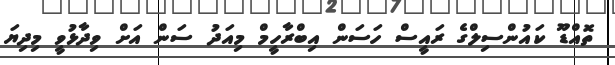
ތޮއްޑޫ ކައުންސިލްގެ ރައީސް ހަސަން އިބްރާހީމް މިއަދު ސަން އަށް ވިދާޅުވީ މިދިޔަ